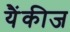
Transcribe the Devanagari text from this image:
यैंकीज